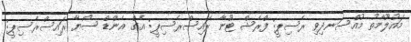
މައުލޫމާތު މުއްސަނދިވި ރެސިޕީ: ފްރެޝް ޓޫނާ ރައިސްރެސިޕީ: އެގް އެންޑް ސޯޔާ ރައިސްރެސިޕީ: